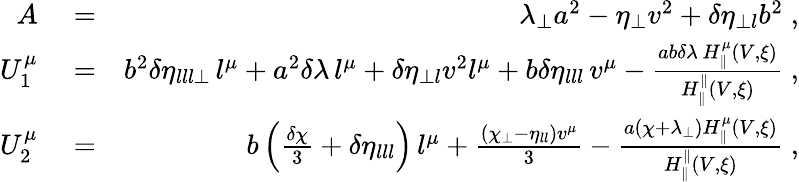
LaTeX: \begin{array}{rlr}{A}&{{}=}&{\lambda_{\perp}a^{2}-\eta_{\perp}v^{2}+\delta\eta_{\perp l}b^{2}\; ,}\\ {U_{1}^{\mu}}&{{}=}&{b^{2}\delta\eta_{lll\perp}\, l^{\mu}+a^{2}\delta\lambda\, l^{\mu}+\delta\eta_{\perp l}v^{2}l^{\mu}+b\delta\eta_{lll}\, v^{\mu}-\frac{ab\delta\lambda\, H_{\parallel}^{\mu}(V,\xi)}{H_{\parallel}^{\parallel}(V,\xi)}\; ,}\\ {U_{2}^{\mu}}&{{}=}&{b\left(\frac{\delta\chi}{3}+\delta\eta_{lll}\right)\, l^{\mu}+\frac{(\chi_{\perp}-\eta_{ll})v^{\mu}}{3}-\frac{a(\chi+\lambda_{\perp})H_{\parallel}^{\mu}(V,\xi)}{H_{\parallel}^{\parallel}(V,\xi)}\; ,}\end{array}